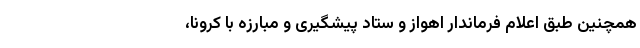
همچنین طبق اعلام فرماندار اهواز و ستاد پیشگیری و مبارزه با کرونا،